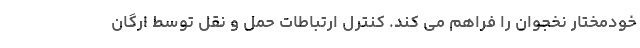
خودمختار نخجوان را فراهم می کند. کنترل ارتباطات حمل و نقل توسط ارگان